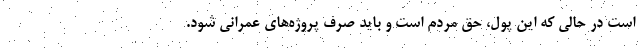
است در حالی که این پول، حق مردم است و باید صرف پروژه‌های عمرانی شود.